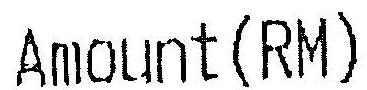
AMOUNT(RM)